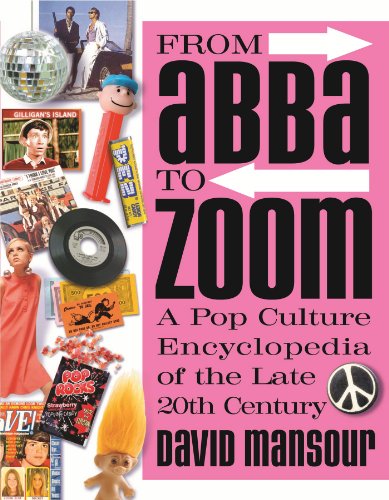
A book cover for From Abba to Zoom: A Pop Culture Encyclopedia of the Late 20th Century; David Mansour; Humor & Entertainment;